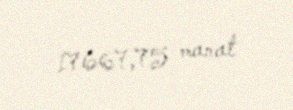
17667,75 manat